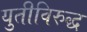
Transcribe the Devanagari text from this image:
युतीविरुद्ध